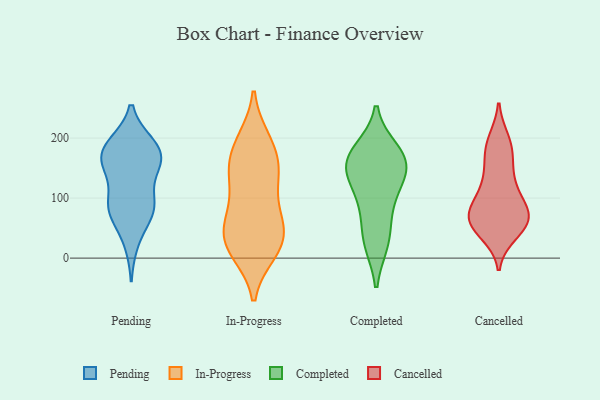
{"axis": {"x": "Population (Million)", "y": "Value"}, "legend": ["Cancelled", "Completed", "In-Progress", "Pending"], "data": [{"x": "", "y": 76, "type": "Pending"}, {"x": "", "y": 145, "type": "Pending"}, {"x": "", "y": 87, "type": "Pending"}, {"x": "", "y": 85, "type": "Pending"}, {"x": "", "y": 82, "type": "Pending"}, {"x": "", "y": 185, "type": "Pending"}, {"x": "", "y": 189, "type": "Pending"}, {"x": "", "y": 189, "type": "Pending"}, {"x": "", "y": 160, "type": "Pending"}, {"x": "", "y": 175, "type": "Pending"}, {"x": "", "y": 27, "type": "Pending"}, {"x": "", "y": 90, "type": "Pending"}, {"x": "", "y": 160, "type": "Pending"}, {"x": "", "y": 156, "type": "Pending"}, {"x": "", "y": 23, "type": "In-Progress"}, {"x": "", "y": 58, "type": "In-Progress"}, {"x": "", "y": 15, "type": "In-Progress"}, {"x": "", "y": 141, "type": "In-Progress"}, {"x": "", "y": 142, "type": "In-Progress"}, {"x": "", "y": 11, "type": "In-Progress"}, {"x": "", "y": 182, "type": "In-Progress"}, {"x": "", "y": 192, "type": "In-Progress"}, {"x": "", "y": 48, "type": "In-Progress"}, {"x": "", "y": 196, "type": "In-Progress"}, {"x": "", "y": 145, "type": "In-Progress"}, {"x": "", "y": 138, "type": "In-Progress"}, {"x": "", "y": 72, "type": "In-Progress"}, {"x": "", "y": 87, "type": "In-Progress"}, {"x": "", "y": 42, "type": "In-Progress"}, {"x": "", "y": 19, "type": "In-Progress"}, {"x": "", "y": 26, "type": "Completed"}, {"x": "", "y": 175, "type": "Completed"}, {"x": "", "y": 153, "type": "Completed"}, {"x": "", "y": 160, "type": "Completed"}, {"x": "", "y": 26, "type": "Completed"}, {"x": "", "y": 155, "type": "Completed"}, {"x": "", "y": 179, "type": "Completed"}, {"x": "", "y": 103, "type": "Completed"}, {"x": "", "y": 114, "type": "Completed"}, {"x": "", "y": 148, "type": "Completed"}, {"x": "", "y": 67, "type": "Completed"}, {"x": "", "y": 143, "type": "Cancelled"}, {"x": "", "y": 111, "type": "Cancelled"}, {"x": "", "y": 184, "type": "Cancelled"}, {"x": "", "y": 56, "type": "Cancelled"}, {"x": "", "y": 67, "type": "Cancelled"}, {"x": "", "y": 167, "type": "Cancelled"}, {"x": "", "y": 66, "type": "Cancelled"}, {"x": "", "y": 63, "type": "Cancelled"}, {"x": "", "y": 127, "type": "Cancelled"}, {"x": "", "y": 42, "type": "Cancelled"}, {"x": "", "y": 196, "type": "Cancelled"}, {"x": "", "y": 82, "type": "Cancelled"}, {"x": "", "y": 71, "type": "Cancelled"}, {"x": "", "y": 56, "type": "Cancelled"}, {"x": "", "y": 189, "type": "Cancelled"}, {"x": "", "y": 80, "type": "Cancelled"}, {"x": "", "y": 52, "type": "Cancelled"}, {"x": "", "y": 106, "type": "Cancelled"}]}